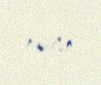
ediblər.